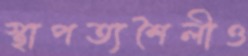
স্থাপত্যশৈলীও